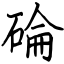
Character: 碖